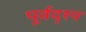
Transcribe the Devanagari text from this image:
पूर्वदृश्य